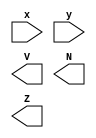
//!,

module comparator2 (x,y,V,N,Z);
parameter n = 32;
input [n-1:0]x,y;       //!
output reg Z,       //!0z=1
           V,       //!V=1
           N;       //!N=1
reg [n-1:0]s;
reg[n:0]c;

endmodule